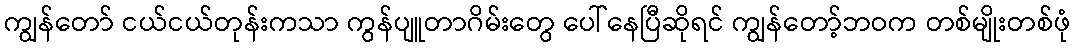
ကျွန်တော် ငယ်ငယ်တုန်းကသာ ကွန်ပျူတာဂိမ်းတွေ ပေါ်နေပြီဆိုရင် ကျွန်တော့်ဘဝက တစ်မျိုးတစ်ဖုံ